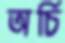
অর্চি